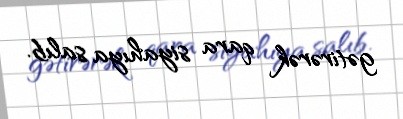
gətirərək qara siyahıya salıb.